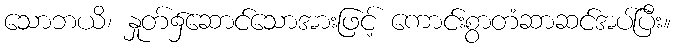
သောဘယိ၊ နှုတ်၌ဆောင်သောအားဖြင့် ကောင်းစွာတံဆာဆင်အပ်ပြီး။